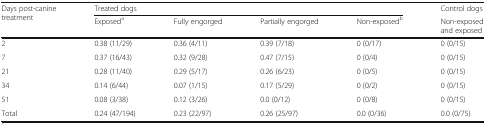
<table><thead><tr><td rowspan="2"><b>Days post-canine treatment</b></td><td colspan="4"><b>Treated dogs</b></td><td><b>Control dogs</b></td></tr><tr><td><b>Exposed<sup>a</sup></b></td><td><b>Fully engorged</b></td><td><b>Partially engorged</b></td><td><b>Non-exposed<sup>b</sup></b></td><td><b>Non-exposed and exposed</b></td></tr></thead><tbody><tr><td>2</td><td>0.38 (11/29)</td><td>0.36 (4/11)</td><td>0.39 (7/18)</td><td>0 (0/17)</td><td>0 (0/15)</td></tr><tr><td>7</td><td>0.37 (16/43)</td><td>0.32 (9/28)</td><td>0.47 (7/15)</td><td>0 (0/4)</td><td>0 (0/15)</td></tr><tr><td>21</td><td>0.28 (11/40)</td><td>0.29 (5/17)</td><td>0.26 (6/23)</td><td>0 (0/5)</td><td>0 (0/15)</td></tr><tr><td>34</td><td>0.14 (6/44)</td><td>0.07 (1/15)</td><td>0.17 (5/29)</td><td>0 (0/2)</td><td>0 (0/15)</td></tr><tr><td>51</td><td>0.08 (3/38)</td><td>0.12 (3/26)</td><td>0.0 (0/12)</td><td>0 (0/8)</td><td>0 (0/15)</td></tr><tr><td>Total</td><td>0.24 (47/194)</td><td>0.23 (22/97)</td><td>0.26 (25/97)</td><td>0.0 (0/36)</td><td>0.0 (0/75)</td></tr></tbody></table>